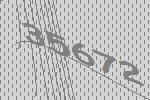
35672